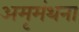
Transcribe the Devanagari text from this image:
अमृमंथना